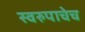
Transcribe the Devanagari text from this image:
स्वरुपाचेच